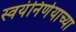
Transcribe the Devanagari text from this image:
स्वयंनिर्णयाच्या